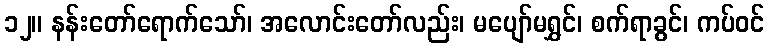
၁၂။ နန်းတော်ရောက်သော်၊ အလောင်းတော်လည်း၊ မပျော်မရွှင်၊ စက်ရာခွင်၊ ကပ်ဝင်